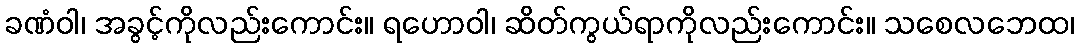
ခဏံဝါ၊ အခွင့်ကိုလည်းကောင်း။ ရဟောဝါ၊ ဆိတ်ကွယ်ရာကိုလည်းကောင်း။ သစေလဘေထ၊